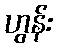
ဟွန်း